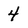
Character: 4